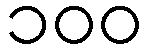
၁၀၀